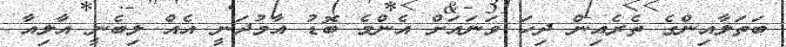
ބަތަލާއިންގެ ތެރެއިން ދިހަ ވަނައަށް އެންމެ ބޮޑު އާމުދަނީ އެއް ލިބެނީ އާލިއާ